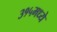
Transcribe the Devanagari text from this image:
३१५मध्ये